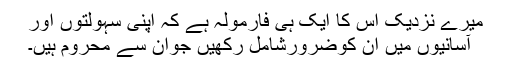
میرے نزدیک اس کا ایک ہی فارمولہ ہے کہ اپنی سہولتوں اور
آسانیوں میں ان کوضرورشامل رکھیں جوان سے محروم ہیں۔